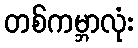
တစ်ကမ္ဘာလုံး